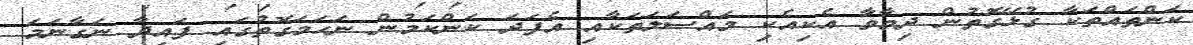
ކަންތައްތަކާ ގުޅޭގޮތުން ދިމާވާ އެކިއެކި މައްސަލަތަކާއި އެފަދަ ކަންކަމުން ނަހަމަގޮތުގައި ފައިދާ ނަގާނަމަ